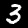
Label: 3